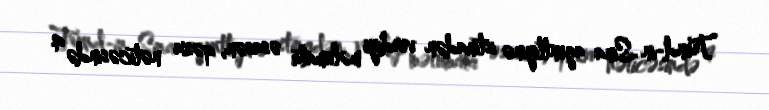
Trend-in Sina agentliyinə istinadən verdiyi məlumata əsasən, qəza nəticəsində 4